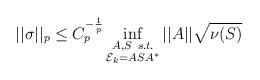
\begin{align*} ||\sigma||_p \leq C_p^{-\frac{1}{p}} \inf_{\substack{A, S \ s.t. \\ \mathcal{E}_k = ASA^*}}||A||\sqrt{\nu(S)}\end{align*}